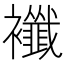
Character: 襳